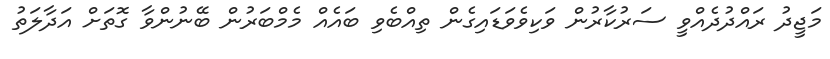
މަޖީދު ރައްދުދެއްވީ ސަރުކާރުން ވަކިވެވަޑައިގެން ތިއްބެވި ބައެއް މެމްބަރުން ބޭނުންވާ ގޮތަށް އަދާލަތު